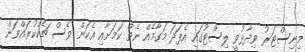
މިނިސްޓަރު ވިދާޅުވީ ލިސްޓުގައި އެފަދަ މަގާމެއް ނެތް ކަމަށާއި އެކަން ވެސް ޗެކްކުރައްވަން